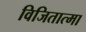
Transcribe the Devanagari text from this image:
विजितात्मा